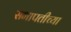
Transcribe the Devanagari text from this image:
सभापतीच्या